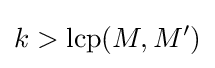
k>\mathrm {lcp} (M,M')